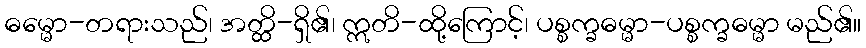
ဓမ္မော-တရားသည်၊ အတ္ထိ-ရှိ၏၊ ဣတိ-ထို့ကြောင့်၊ ပစ္စက္ခဓမ္မာ-ပစ္စက္ခဓမ္မာ မည်၏။